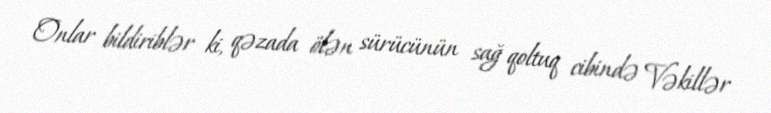
Onlar bildiriblər ki, qəzada ölən sürücünün sağ qoltuq cibində Vəkillər